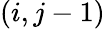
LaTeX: (i,j-1)